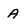
Character: A